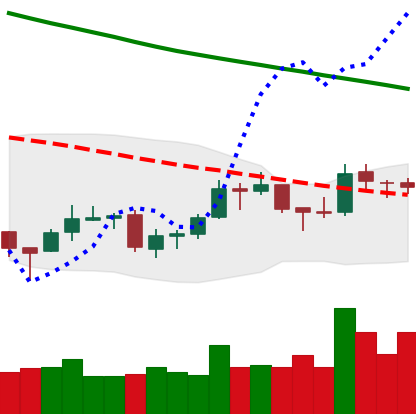
Ticker: LTC-USD
Chart end date: 2018-09-30
Forward return: -3.885%
Label: down_3_5